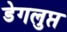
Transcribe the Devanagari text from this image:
डेगलुप्त